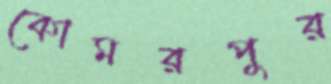
কোমরপুর